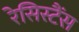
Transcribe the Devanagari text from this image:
रेसिस्टैंस